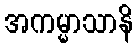
အကမ္မာသာနိ